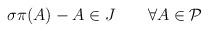
LaTeX: \begin{align*}\sigma\pi (A)-A\in J\quad\quad \forall A\in\mathcal{P} \end{align*}